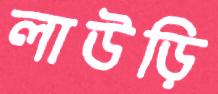
লাউড়ি